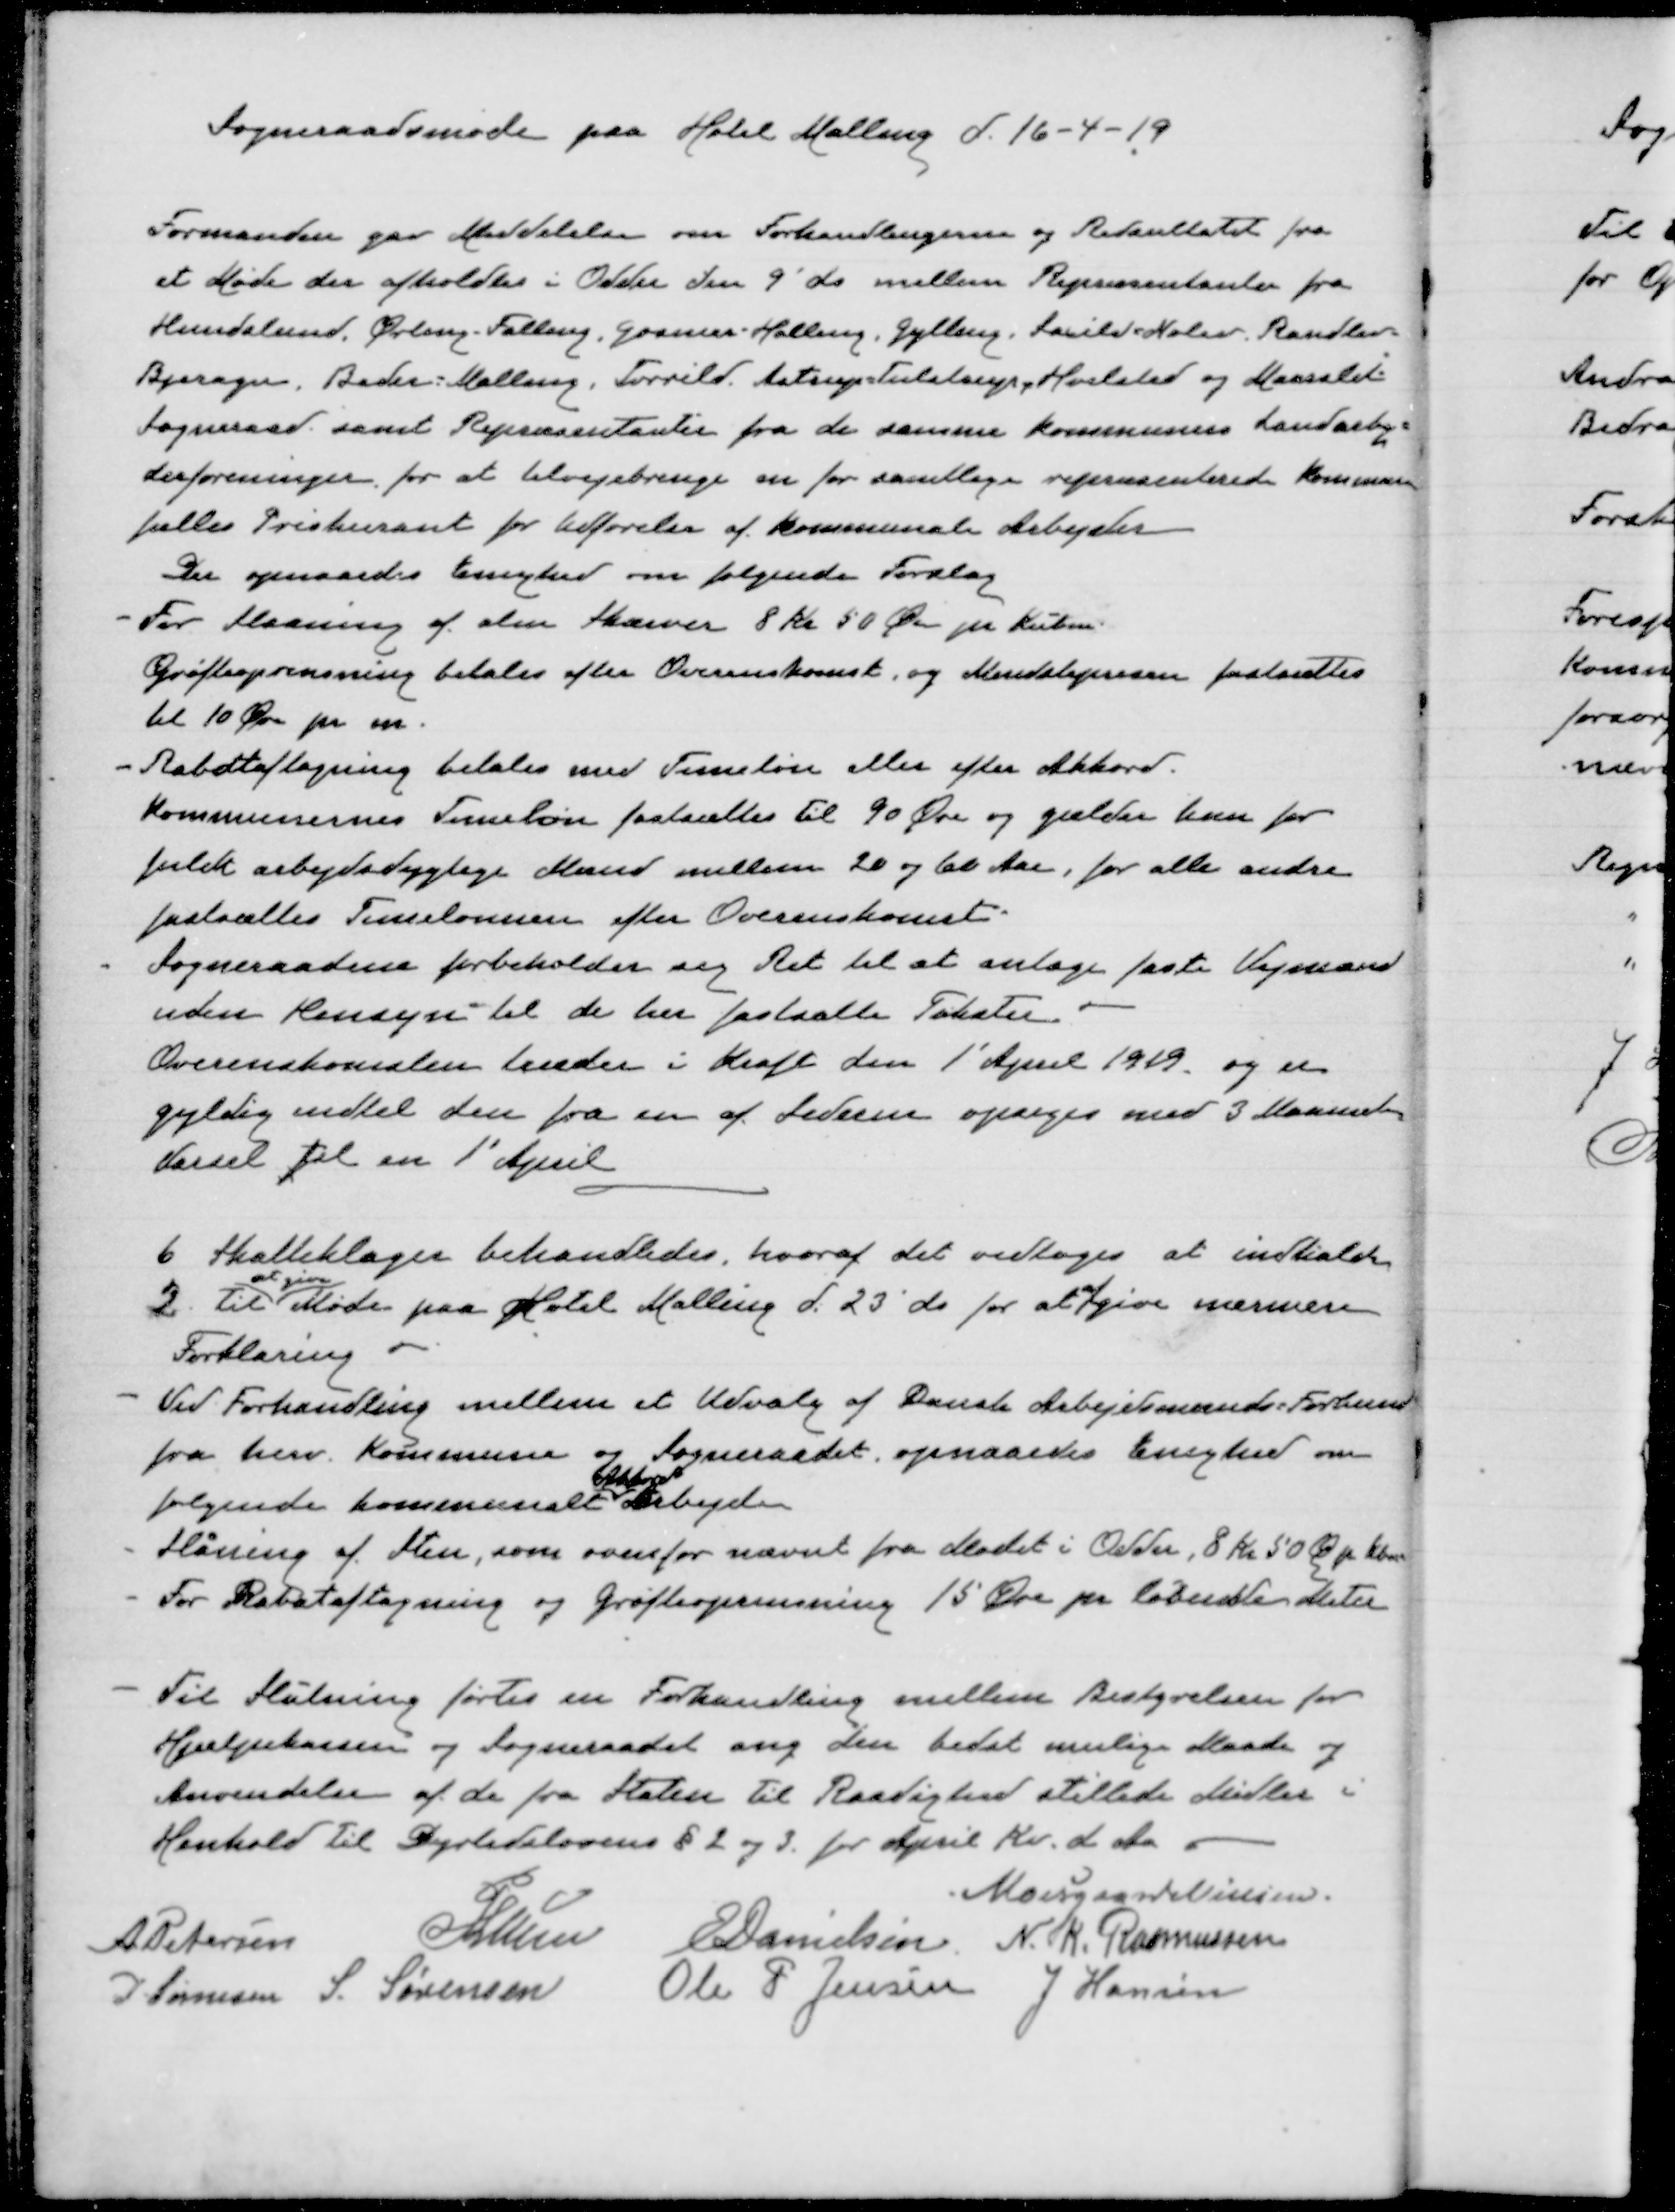
Transskription:
Sogneraadsmøde paa Hotel Malling d. 16-4-19

Formanden gav Meddelelse om Forhandlingerne og Redsultatet fra
et Møde der afholdtes i Odder den 9' ds mellem Repræsentanter fra
Hundslund, Ørting-Falling, Gosmer-Halling, Gylling, Saxild-Nølev, Randlev-
Bjerager, Beder-Malling, Torrild. Astrup-Tulstrup, Hvilsted og Maarslet
Sogneraad samt Repræsentanter fra de samme Kommuners Landarbej=
derforeninger, for at tilvejebringe en for samtlige repræsenterede Kommuners
fælles Priskurant for udførelse af Kommunale Arbejder.
Der opnaaedes Enighed om følgende Forslag
For Slaaning af sten Skærver 8 Kr 50 φ pr kubm
Grøfteoprensning betales efter Overenskomst, og Mindsteprisen fastsættes
til 10 φ pr. m.
Rabataftagning betales med Timeløn eller efter Akkord.
Kommunernes Timeløn fastsættes til 90 Øre og gælder kun for
fuldt arbejdsdygtige Mænd mellem 20 og 60 Aar, for alle andre
fastsættes Timelønnen efter Overenskomst.
Sogneraadene forbeholder sig Ret til at antage faste Vejmænd
under Hensyn til de her fastsatte Takster.
Overenskomsten træder i kraft den 1' April 1919 og er
gyldig indtil den fra en af lederne opsiges med 3 Maaneds
Varsel til en 1' April

6 Skatteklager behandledes, hvoraf det vedtoges at indkalde
2 til
at give
Møde paa Hotel Malling d. 23' ds for at afgive nærmere
Møde paa Hotel Malling d. 23' ds for at afgive nærmere
Forklaring.
Ved Forhandling mellem et udvalg af Dansk Arbejdsmands Forbund
fra herv Kommune og Sogneraadet opnaaedes Enighed om
følgende kommunalt

arbejde
Slåning af Sten, som ovenfor nævnt fra Mødet i Odder, 8 Kr, 50 φ p kbm
For Rabataftagning og grøfteoprensning 15' Øre pr løbende Meter

Til slutning førtes en Forhandling mellem Bestyrelsen for
Hjælpekassen og Sogneraadet ang den bedst mulige Maade og
Anvendelse af de fra Staten til Raadighed stillede midler i
Henhold til Dyrtidslovens § 2 og 3 for April Kv d Aa

Moesgaard Nielsen
A Petersen
P Lunn
E Danielsen
N. K. Rasmussen
J Sørensen
S Sørensen
Ole P Jensen
J Hansen